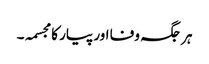
ہر جگہ وفا اور پیار کا مجسمہ۔